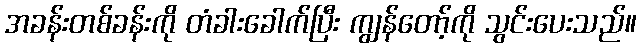
အခန်းတစ်ခန်းကို တံခါးခေါက်ပြီး ကျွန်တော့်ကို သွင်းပေးသည်။